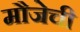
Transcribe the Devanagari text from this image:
मौजेची